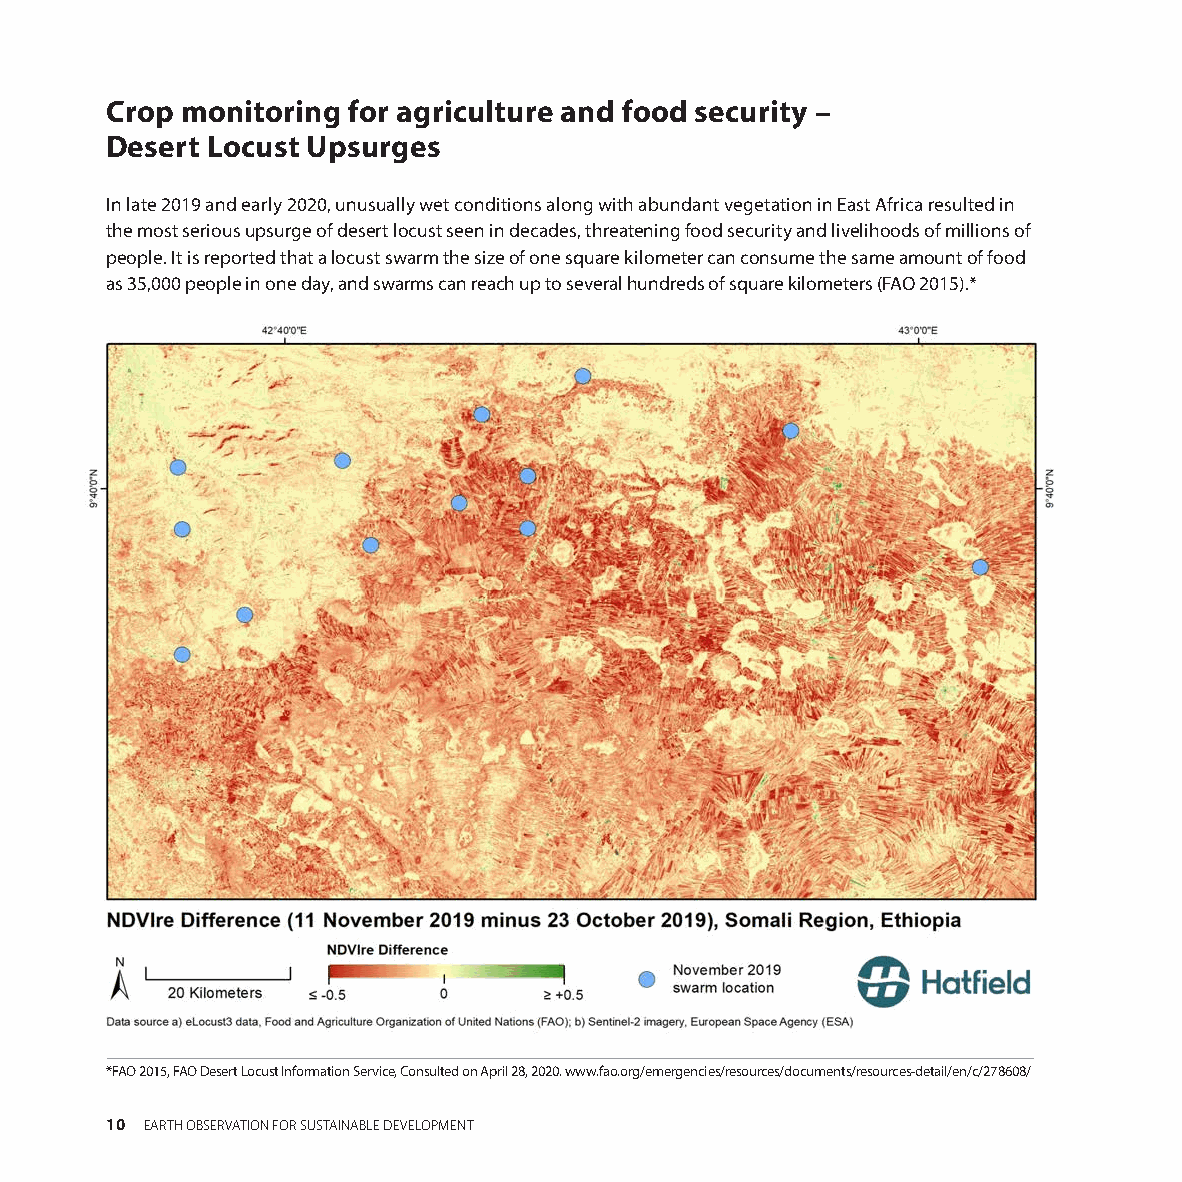
Crop monitoring for agriculture and food security –
 Desert Locust Upsurges
 In late 2019 and early 2020, unusually wet conditions along with abundant vegetation in East Africa resulted in
 the most serious upsurge of desert locust seen in decades, threatening food security and livelihoods of millions of
 people. It is reported that a locust swarm the size of one square kilometer can consume the same amount of food
 as 35,000 people in one day, and swarms can reach up to several hundreds of square kilometers (FAO 2015).*
 *FAO 2015, FAO Desert Locust Information Service, Consulted on April 28, 2020. www.fao.org/emergencies/resources/documents/resources-detail/en/c/278608/
 10 EARTH OBSERVATION FOR SUSTAINABLE DEVELOPMENT